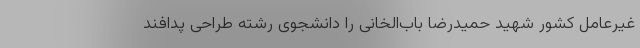
غیرعامل کشور شهید حمیدرضا باب‌الخانی را دانشجوی رشته طراحی پدافند